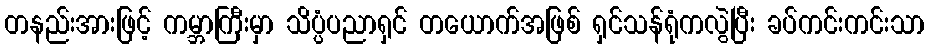
တနည်းအားဖြင့် ကမ္ဘာကြီးမှာ သိပ္ပံပညာရှင် တယောက်အဖြစ် ရှင်သန်ရုံကလွဲပြီး ခပ်ကင်းကင်းသာ